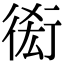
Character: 𧗫